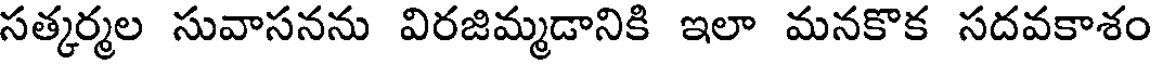
సత్కర్మల సువాసనను విరజిమ్మడానికి ఇలా మనకొక సదవకాశం